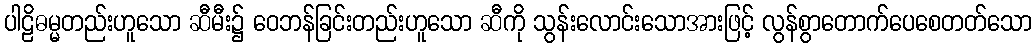
ပါဠိဓမ္မတည်းဟူသော ဆီမီး၌ ဝေဘန်ခြင်းတည်းဟူသော ဆီကို သွန်းလောင်းသောအားဖြင့် လွန်စွာတောက်ပေစေတတ်သော